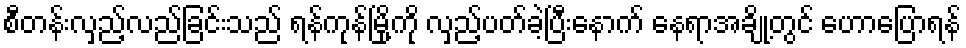
စီတန်းလှည့်လည်ခြင်းသည် ရန်ကုန်မြို့ကို လှည့်ပတ်ခဲ့ပြီးနောက် နေရာအချို့တွင် ဟောပြောရန်